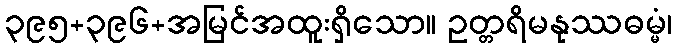
၃၉၅+၃၉၆+အမြင်အထူးရှိသော။ ဥတ္တရိမနုဿဓမ္မံ၊